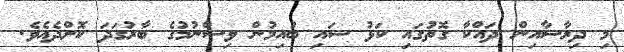
މި ދިރާސާއިން ދައްކާ ގޮތުގައި ކަޅު ސައި ބުއިމުން ވިސްނުމުގެ ބާރުގަދަ ކޮށްދެއެވެ.